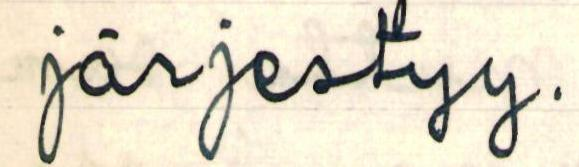
järjestyy.